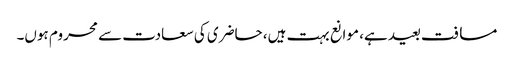
مسافت بعید ہے، موانع بہت ہیں، حاضری کی سعادت سے محروم ہوں۔